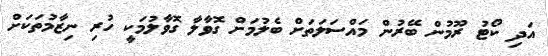
އަދި ކޯޓު ރޫމުން ބޭރުން މައްސަލަތަށް ބެލުމަށް ގޮވާލާ ގޮވާލުމަކީ ހުރި ނިޒާމުތަކަށް